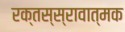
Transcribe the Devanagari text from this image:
रक्तस्स्रावात्मक